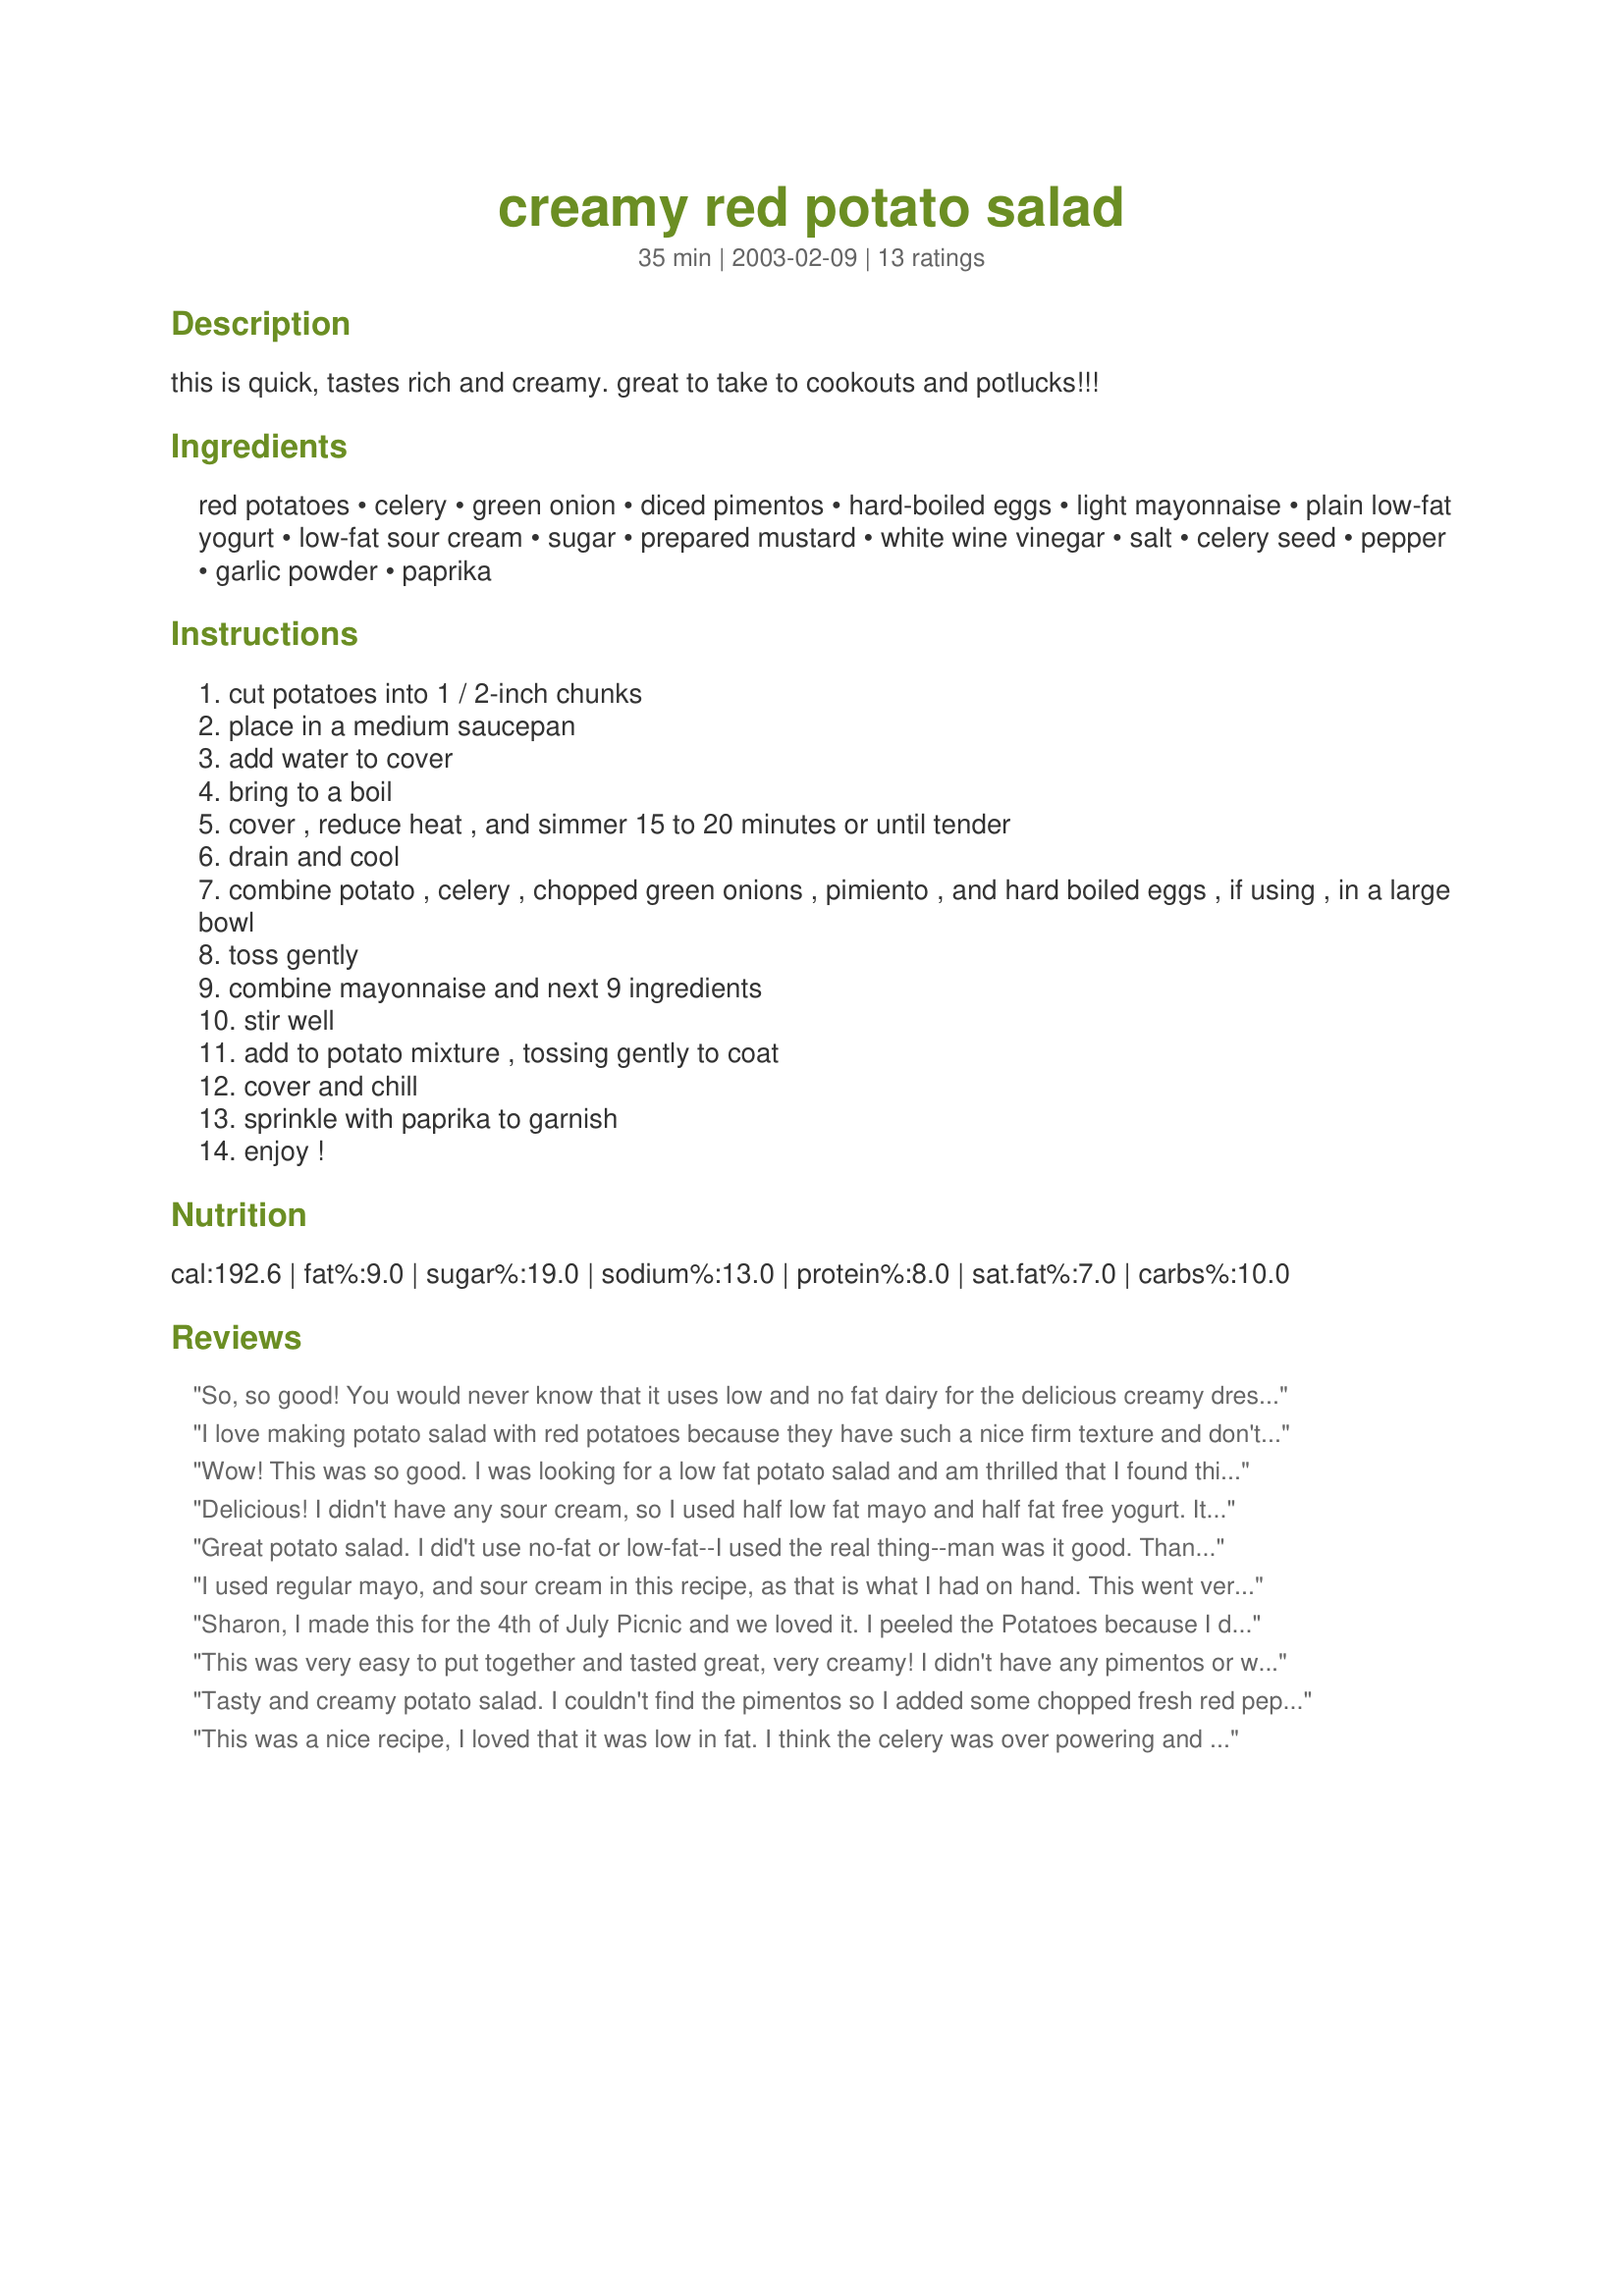
creamy red potato salad
Preparation time: 35 minutes

this is quick, tastes rich and creamy. great to take to cookouts and potlucks!!!

Ingredients:
red potatoes, celery, green onion, diced pimentos, hard-boiled eggs, light mayonnaise, plain low-fat yogurt, low-fat sour cream, sugar, prepared mustard, white wine vinegar, salt, celery seed, pepper, garlic powder, paprika

Steps:
cut potatoes into 1 / 2-inch chunks
place in a medium saucepan
add water to cover
bring to a boil
cover , reduce heat , and simmer 15 to 20 minutes or until tender
drain and cool
combine potato , celery , chopped green onions , pimiento , and hard boiled eggs , if using , in a large bowl
toss gently
combine mayonnaise and next 9 ingredients
stir well
add to potato mixture , tossing gently to coat
cover and chill
sprinkle with paprika to garnish
enjoy !

Reviews:
So, so good! You would never know that it uses low and no fat dairy for the delicious creamy dressing. This wil lbe my potato salad recipe from now on. I only made a few changes. I only had red wine vinegar and increased the eggs to 4. Don't look any further. This is the potao salad recipe you are looking for.
I love making potato salad with red potatoes because they have such a nice firm texture and don't turn into "mashed" potato salad. This recipe is a creamy, delicious winner! No one would ever guess you use light mayo, low-fat yogurt and low-fat sour cream for the dressing! We opted not to add the hard-boiled eggs as I normally do not add them in potato salad anymore. (we never miss them, either!) Also, we prefer just a hint of mustard flavor, so I reduced that amount to 1 T. and compensated with another T. of the low-fat sour cream. In the past, I rarely used a recipe to make potato salad but we enjoyed this so much; it is definitely a keeper! Thank you, Sharon.
Wow! This was so good. I was looking for a low fat potato salad and am thrilled that I found this. This does not taste like a diet dish at all. I used red bell pepper instead of pimento and will continue to do so--I like the flavor and the crunch of the pepper. I only used about half the dressing and it was plenty. I'm going to try the rest in macaroni salad for lunch. I would highly recommend this recipe whether or not you are watching your fat intake. Thanks for a great recipe Sharon!
Delicious! I didn't have any sour cream, so I used half low fat mayo and half fat free yogurt. It turned out great!
Great potato salad. I did't use no-fat or low-fat--I used the real thing--man was it good. Thanks for posting.
I used regular mayo, and sour cream in this recipe, as that is what I had on hand. This went very well had it along side of recipe #153350, enjoyed a great summer supper. I will make it again. Thanks
Sharon, I made this for the 4th of July Picnic and we loved it. I peeled the Potatoes because I dislike the skins in my Salads, Other than that this was excellent!
Thanks for a great recipe! Definetly a Keeper for us!
This was very easy to put together and tasted great, very creamy! I didn't have any pimentos or white wine vinegar, but I still went ahead without them,and we enjoyed it very much. I will try with the vinegar, but will probably still leave the pimentos out, as they are not something that I really use. I liked the crunch from the celery, I don't put it in my regular potato salad. I added some extra egg to mine, and also sliced some on top before sprinkling with the paprika and a little parsley.This made a nice amount for a family meal, but would be very easy to double for a larger crowd for a potluck or BBQ or whatever. Thanks, I will be making this again!:)
Tasty and creamy potato salad. I couldn't find the pimentos so I added some chopped fresh red pepper instead. Also I used dijon mustard. Thanks Sharon
This was a nice recipe, I loved that it was low in fat. I think the celery was over powering and if I were to make it again, I would probably omit the celery seed all together.
Delicious! I used regular mayo, no yogurt, Valasic roasted red pepper strips chopped. It was very very good!. I will make again, I left the skins on.Celery seeds are the right touch also!
This was a delicious creamy potato salad full of flavor! No one could believe I used lowfat yogurt and mayo in it. Loved the idea of the pimento's not just for the flavor but also andding extra color. Thanks for a keeper, Sharon123
A creamy, tangy and tasty potato salad. I used the optional hard-boiled eggs (gotta have them in potato salad). The pimientos added a nice color. You'd never guess that the dressing was made from low fat ingredients. Thanx for posting this. I'll certainly make this again.
